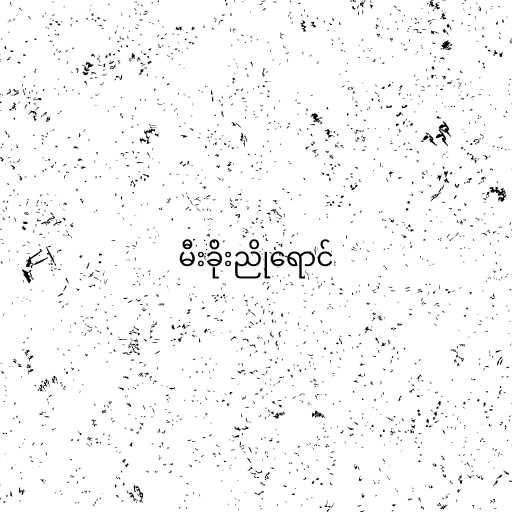
မီးခိုးညိုရောင်